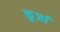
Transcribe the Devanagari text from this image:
कुर्जा